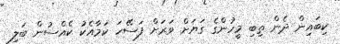
ކިބައިން ދެން ތިބި މީހުންގެ ގަޔަށް ވަރަށް ފަސޭހަ ކަމާއެކު ކެއްސުން ބަލި